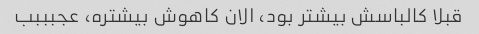
قبلا کالباسش بیشتر بود، الان کاهوش بیشتره، عجبببب